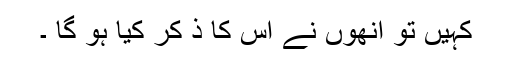
کہیں تو انھوں نے اس کا ذ کر کیا ہو گا ۔